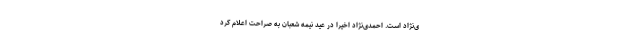
ی‌نژاد است. احمدی‌نژاد اخیرا در عید نیمه شعبان به صراحت اعلام کرد